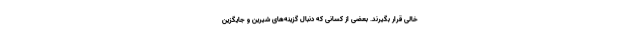
خالی قرار بگیرند. بعضی از کسانی که دنبال گزینه‌های شیرین و جایگزین